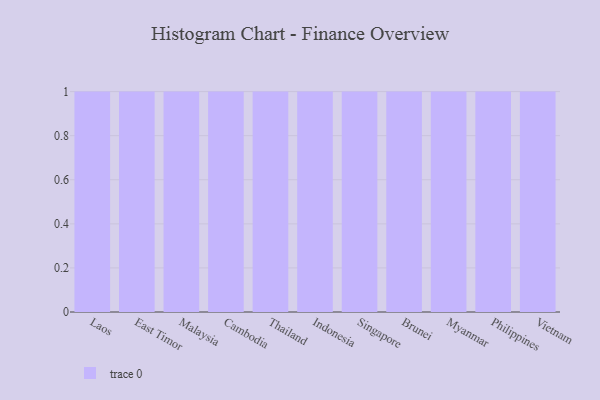
{"axis": {"x": "Country", "y": "Temperature (°C)"}, "legend": [""], "data": [{"x": "Laos", "y": 85, "type": ""}, {"x": "East Timor", "y": 98, "type": ""}, {"x": "Malaysia", "y": 63, "type": ""}, {"x": "Cambodia", "y": 87, "type": ""}, {"x": "Thailand", "y": 66, "type": ""}, {"x": "Indonesia", "y": 68, "type": ""}, {"x": "Singapore", "y": 97, "type": ""}, {"x": "Brunei", "y": 26, "type": ""}, {"x": "Myanmar", "y": 61, "type": ""}, {"x": "Philippines", "y": 65, "type": ""}, {"x": "Vietnam", "y": 47, "type": ""}]}